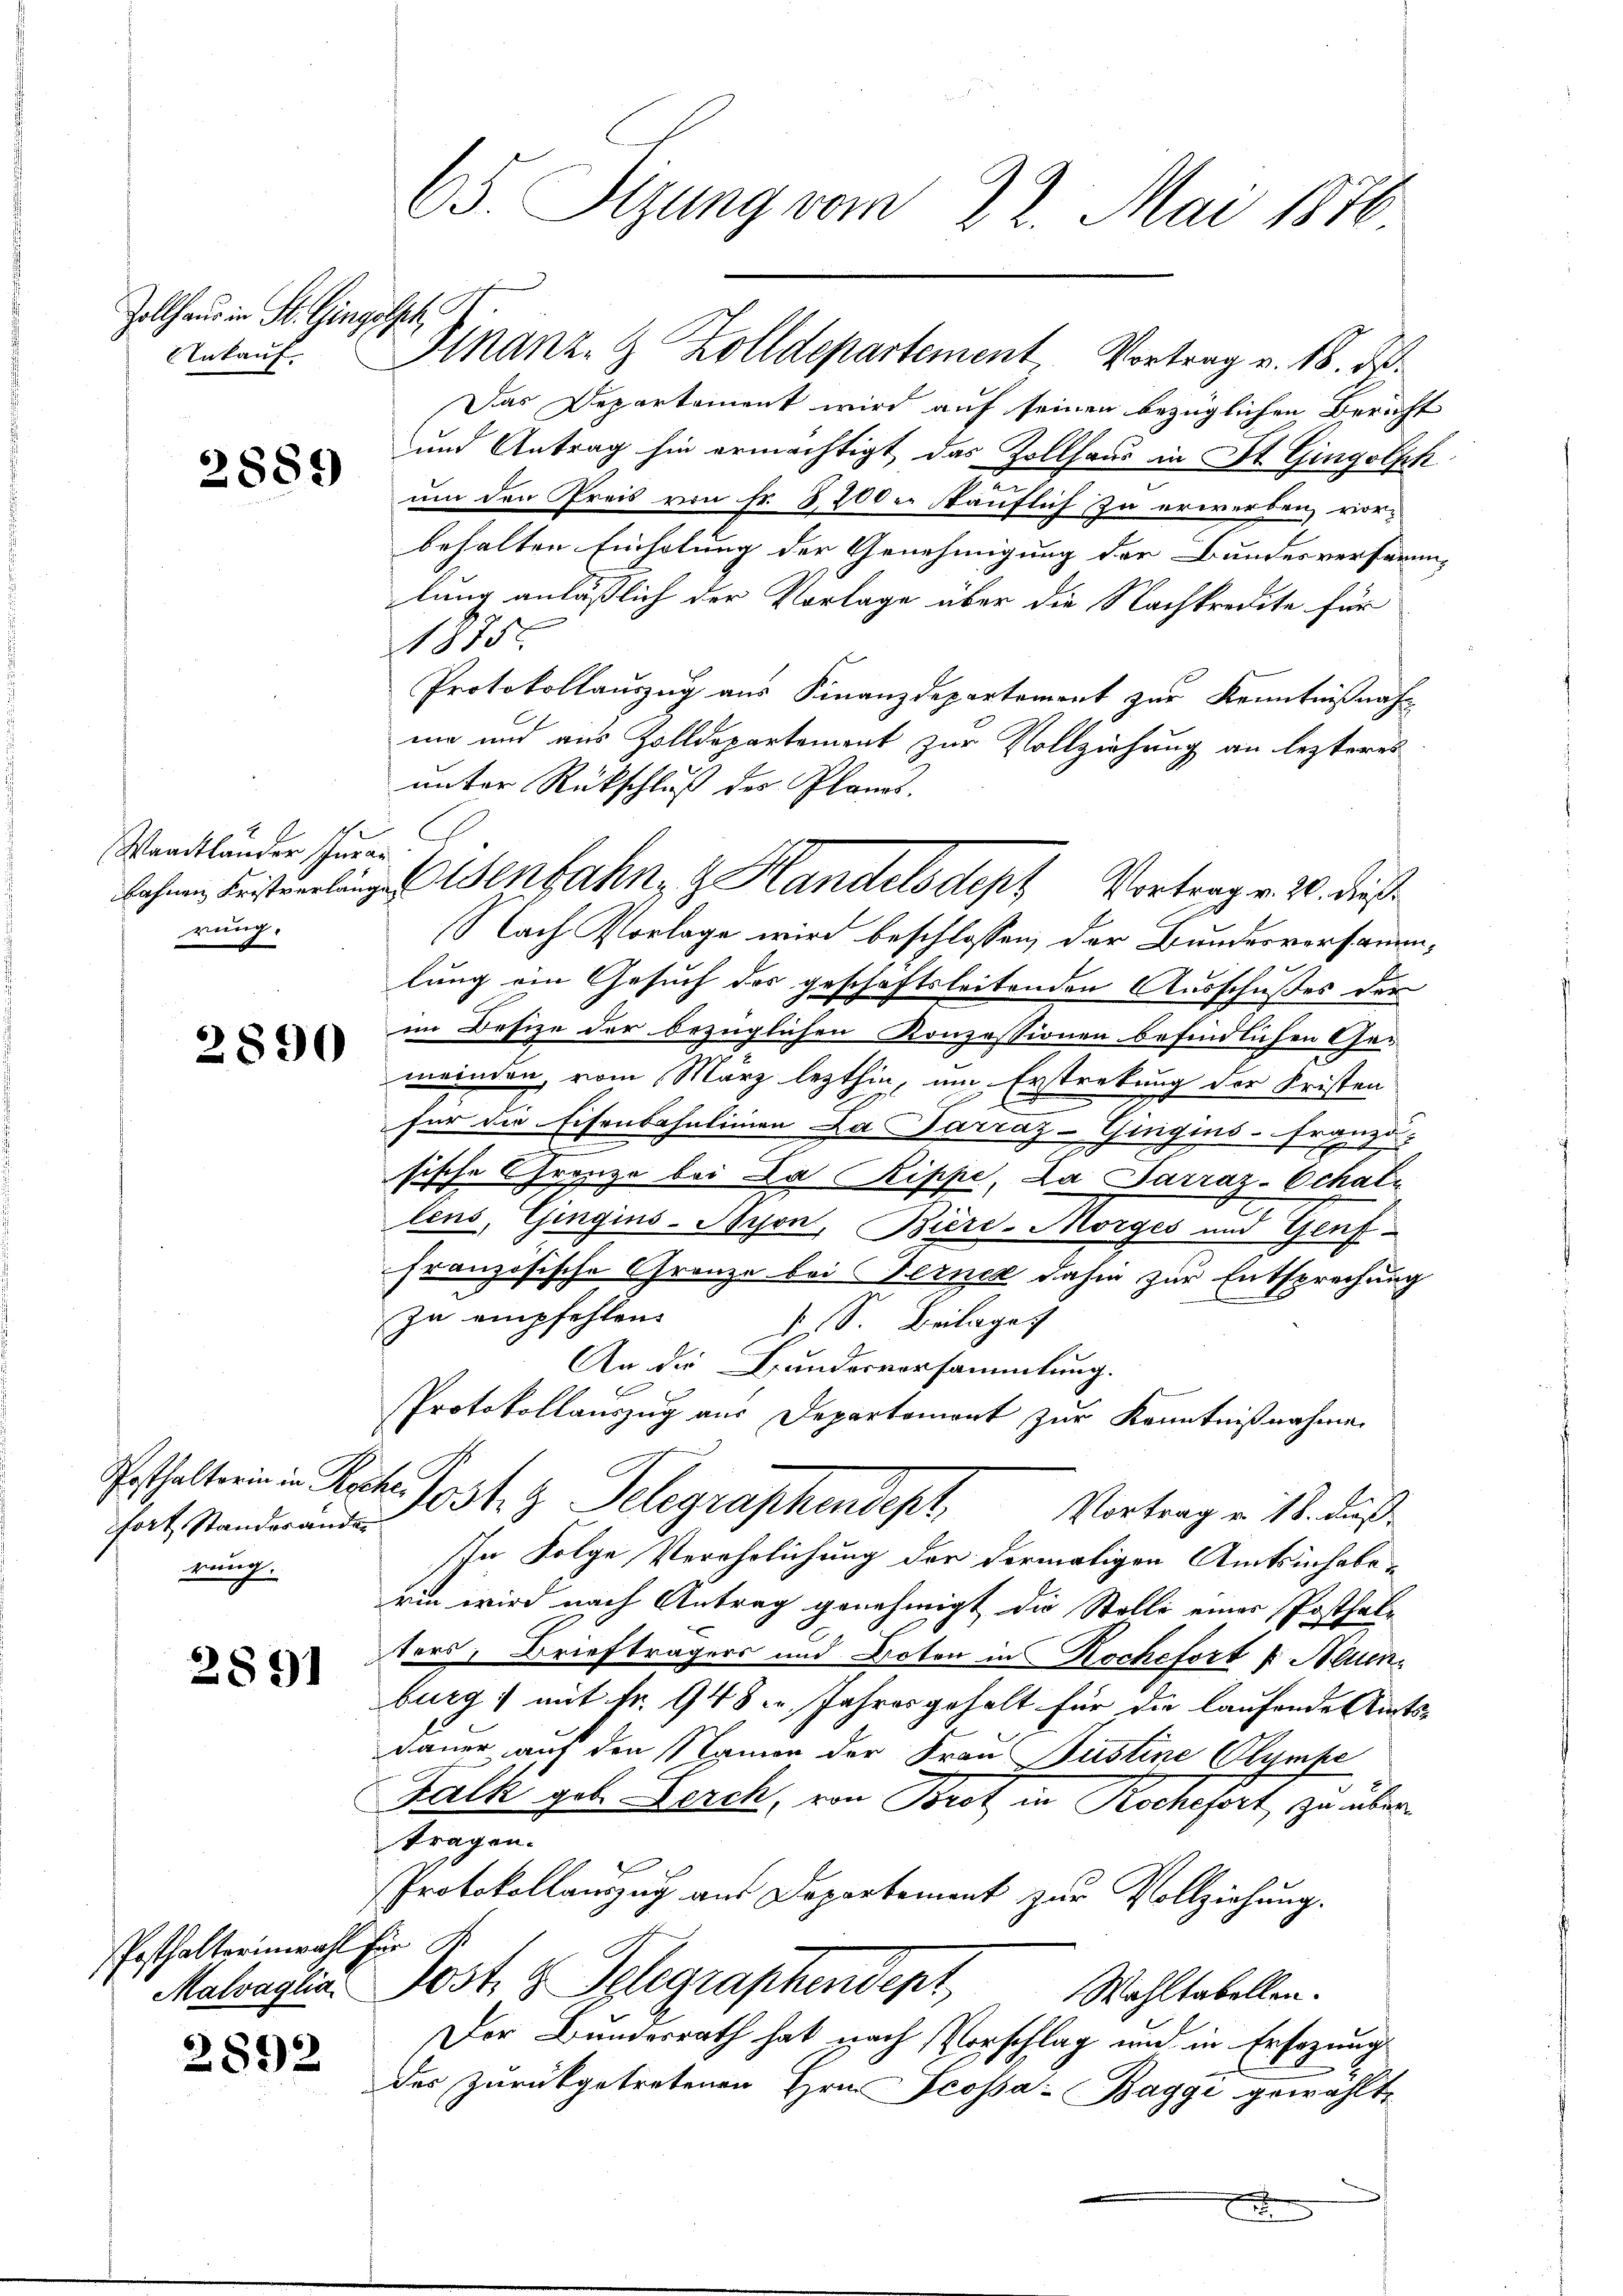
Zollhaus in St. Gingisch
Ankauf

2881)

Waadtlander schür
bahnen Fristverlang
rung.

2890

Posthalterin in Re
fort Standesander
rung.

2891

Posthalterinwahl g
Malvaglia.

2892

65. Sitzung vom 22. Mai 1876

Das Departement wird auf seiner bezüglichen Bericht
und Antrag hin ermächtigt das Zollhaus in St. Gingolph
um den Preis von Fr. 8200 käuflich zu erwerben vorbehalten Einholung der Genehmigung der Bundesverfarm-
lung anlässlich der Vorlage über die Nachkredite für
1875.
Protokollauszug aus Finanzdepartement zur Kenntnißnah-
mie und aus Zolldepartement zur Vollziehung an lezteres
unter Rückschluß des Planes.
s
Nach Vorlage wird beschlossen, der Bundesversammlung ein Gesuch des geschaftsleitenden Ausschußes der
im Besize der bezüglichen Konzessionen befindlichen Ge-
meinden, vom März lezthin, um Erstreckung der Kristen
für die Eisenbahnlinien Da Parraz-Gingins-Fran
ge
sische Grosze bei Da Rippe, La Parraz-Schale
lens, Gingins-Syon, Biere-Morges und Genffranzösische Gränze bei Ferner dahin zur Entsprechung
zu empfehlen.
H S. Beilage
An die Bundesversammlung.
PProtokollauszug aus Departement zur Kenntnißnahmen
h
Post. z. Telegraphendept. Vortrag v. 18. Fuß
In Folge Verehrlichung der dermaligen Amtsinhaberin wird nach Antrag genehmigt die Stelli einer Posthaltors, Briefträgers und Doton in Kochefort u Alumn
burg) mit Nr. 948 Jahres gehalt für die laufende Amts-
dauer auf den Namen der Frau Justine Olympe
Falk geb. Lerch, von Brot in Rochefort, zu über
tragen.
Protokollauszug aus Departement zur Vollziehung.
Er
ost. g. Telegraphendent,
Wahltabellen.
Der Bundesrath hat nach Vorschlag und in Ersezung
der Zurückgetretenen Hrn. Fcossa-Baggi gewählte
f

Snanz- & Zolldepartement Vortrag v. 18. d.

Wenbahn- & Handelsdept Vortrag. 20. dies